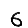
Digit: 6